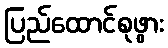
ပြည်ထောင်စုဖွား